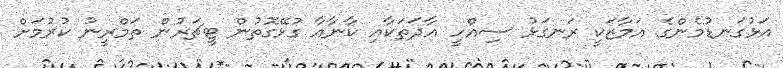
އަޅުގަނޑުމެންގެ އަމާޒަކީ ރަނގަޅު ސިއްހީ އާދަތަކާއި ކާނާއާ ގުޅޭގޮތުން ޓީޗަރުން ތަމްރީނު ކުރުމަށް